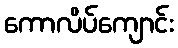
ကောလိပ်ကျောင်း